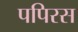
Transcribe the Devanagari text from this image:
पपिरस